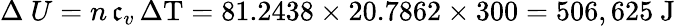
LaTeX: \Delta\ U=n\, \mathfrak{c}_{v}\, \Delta\mathrm{{T}}=81.2438\times20.7862\times300=506,625{\mathrm{{~J}}}